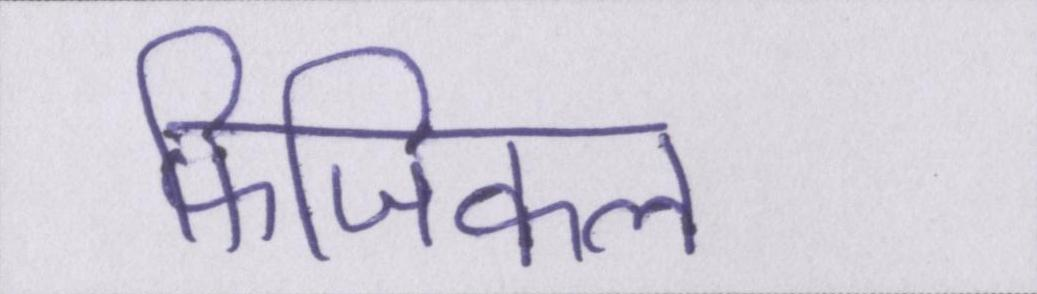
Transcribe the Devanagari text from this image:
फिजिकल